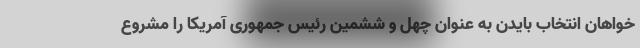
خواهان انتخاب بایدن به عنوان چهل و ششمین رئیس جمهوری آمریکا را مشروع